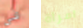
في امرأة